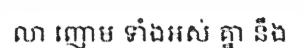
លា ញោម ទាំងអស់ គ្នា នឹង